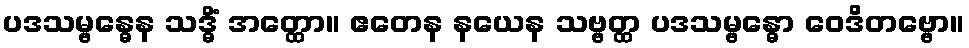
ပဒသမ္ဗန္ဓေန သဒ္ဓိံ အတ္ထော။ ဧတေန နယေန သဗ္ဗတ္ထ ပဒသမ္ဗန္ဓော ဝေဒိတဗ္ဗော။